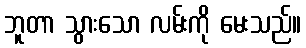
ဘူတာ သွားသော လမ်းကို မေးသည်။